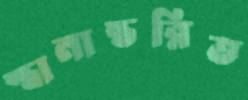
স্থানান্তরিত